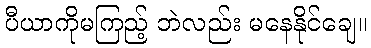
ပီယာကိုမကြည့် ဘဲလည်း မနေနိုင်ချေ။